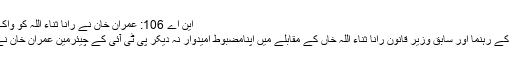
این اے 106: عمران خان نے رانا ثناء اللہ کو واک اوور دیدیا – نیوزلائن فیصل آباد
فیصل آباد(احمد یٰسین)مسلم لیگ ن کے رہنما اور سابق وزیر قانون رانا ثناء اللہ خاں کے مقابلے میں اپنامضبوط امیدوار نہ دیکر پی ٹی آئی کے چیئرمین عمران خان نے رانا ثناء اللہ کو واک اوور دیدیا۔